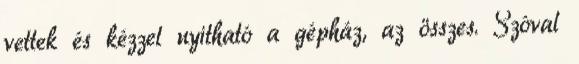
vettek és kézzel nyitható a gépház, az összes. Szóval